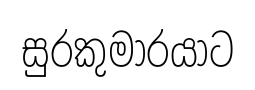
සුරකුමාරයාට